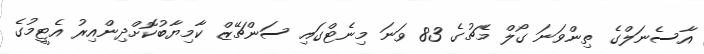
އާސެނަލްގެ ތިންވަނަ ގޯލް މެޗުގެ 83 ވަނަ މިނެޓްގައި ސަންޗޭޒް ކާމިޔާބުކޮށްދިންއިރު އެޓީމުގެ